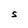
Character: S